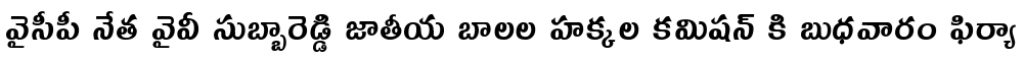
వైసీపీ నేత వైవీ సుబ్బారెడ్డి జాతీయ బాలల హక్కల కమిషన్ కి బుధవారం ఫిర్యా